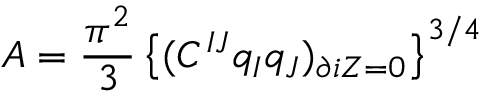
A = { \frac { \pi ^ { 2 } } { 3 } } \left\{ ( C ^ { I J } q _ { I } q _ { J } ) _ { \partial i Z = 0 } \right\} ^ { 3 / 4 }